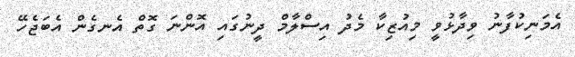
އެމަނިކުފާނު ވިދާޅުވީ މިއުޒިކާ މެދު އިސްލާމް ދީނުގައި އޮންނަ ގޮތް އެނގެން އެބަޖެހޭ